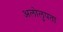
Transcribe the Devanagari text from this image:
अलोलुपता